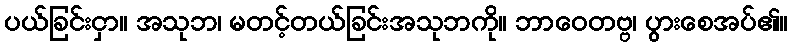
ပယ်ခြင်းငှာ။ အသုဘ၊ မတင့်တယ်ခြင်းအသုဘကို။ ဘာဝေတဗ္ဗ၊ ပွားစေအပ်၏။